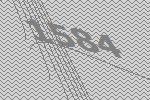
1584